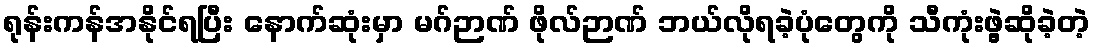
ရုန်းကန်အနိုင်ရပြီး နောက်ဆုံးမှာ မဂ်ဉာဏ် ဖိုလ်ဉာဏ် ဘယ်လိုရခဲ့ပုံတွေကို သီကုံးဖွဲ့ဆိုခဲ့တဲ့